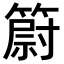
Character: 𥳀